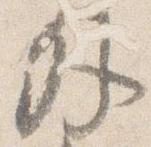
外